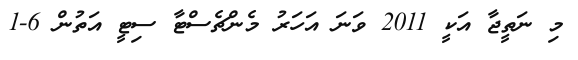
މި ނަތީޖާ އަކީ 2011 ވަނަ އަހަރު މެންޗެސްޓާ ސިޓީ އަތުން 6-1